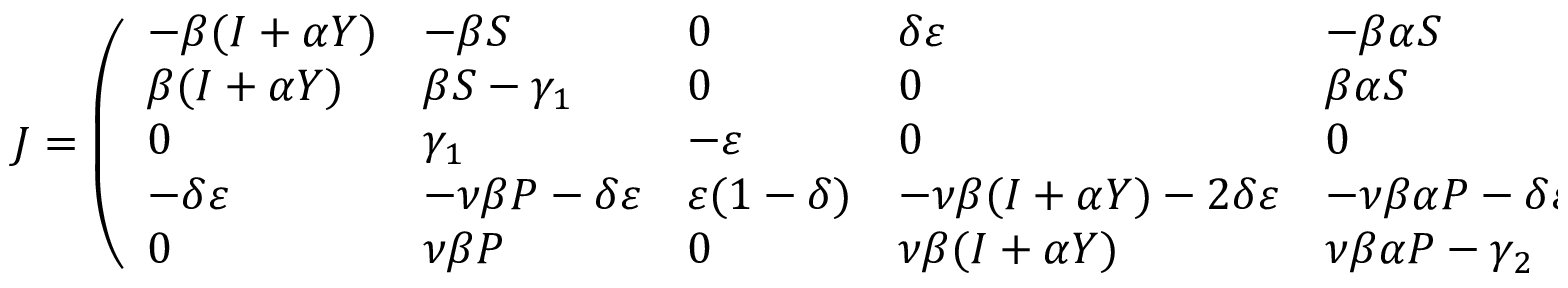
\begin{array} { r } { J = \left( \begin{array} { l l l l l } { - \beta ( I + \alpha Y ) } & { - \beta S } & { 0 } & { \delta \varepsilon } & { - \beta \alpha S } \\ { \beta ( I + \alpha Y ) } & { \beta S - \gamma _ { 1 } } & { 0 } & { 0 } & { \beta \alpha S } \\ { 0 } & { \gamma _ { 1 } } & { - \varepsilon } & { 0 } & { 0 } \\ { - \delta \varepsilon } & { - \nu \beta P - \delta \varepsilon } & { \varepsilon ( 1 - \delta ) } & { - \nu \beta ( I + \alpha Y ) - 2 \delta \varepsilon } & { - \nu \beta \alpha P - \delta \varepsilon } \\ { 0 } & { \nu \beta P } & { 0 } & { \nu \beta ( I + \alpha Y ) } & { \nu \beta \alpha P - \gamma _ { 2 } } \end{array} \right) . } \end{array}